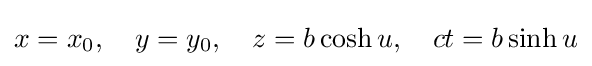
x=x_{0},\quad y=y_{0},\quad z=b\cosh u,\quad ct=b\sinh u